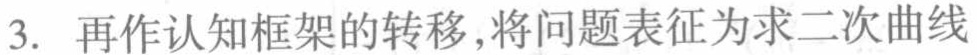
3. 再作认知框架的转移,将问题表征为求二次曲线